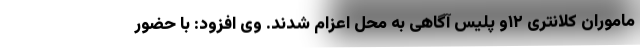
ماموران کلانتری ۱۲و پلیس آگاهی به محل اعزام شدند. وی افزود: با حضور